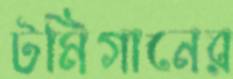
টমিগানের